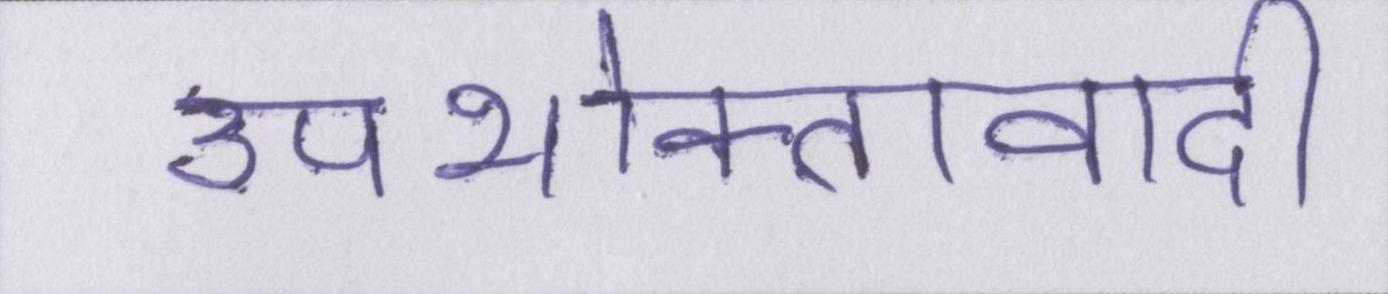
उपभोक्तावादी